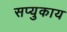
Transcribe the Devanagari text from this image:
सप्युकाय